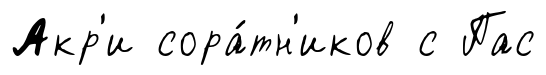
Акр'и сора́тн'иков с Пас